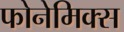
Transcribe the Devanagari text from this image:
फोनेमिक्स